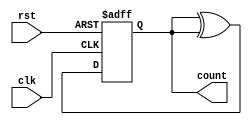
module gray_counter (
    input wire clk,
    input wire rst,
    output reg [3:0] count
);

always @(posedge clk or posedge rst)
begin
    if (rst)
        count <= 4'b0000;
    else
        count <= count ^ ({count[3], count[2], count[1], count[0]});
end

endmodule